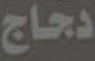
دجاج